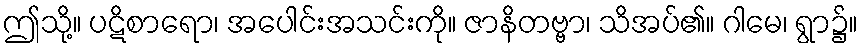
ဤသို့။ ပဋိစာရော၊ အပေါင်းအသင်းကို။ ဇာနိတဗ္ဗာ၊ သိအပ်၏။ ဂါမေ၊ ရွာ၌။